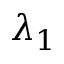
\lambda _ { 1 }